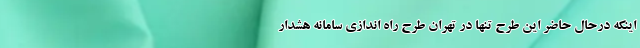
اینکه درحال حاضر این طرح تنها در تهران طرح راه اندازی سامانه هشدار